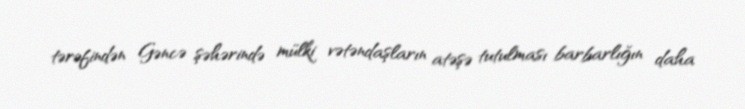
tərəfindən Gəncə şəhərində mülki vətəndaşların atəşə tutulması barbarlığın daha